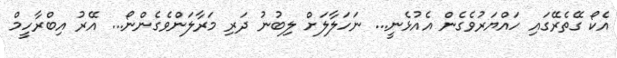
އެކޯ ގޭތެރޭގައި ހައްޔަރުވެގެން އެއުޅެނީ... ނަހަލާލަށް ލިބުނު ދަރި މަރާލަންވެގެންނޯ... އޭރު އިބްރާހީމް